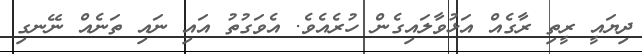
ދިޔައީ ރީތި ރާގެއް އަޅުވާލައިގެން ހުރެއެވެ. އެވަގުތު އައި ނައި ތަނެއް ނޭނގި